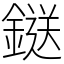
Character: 鎹